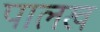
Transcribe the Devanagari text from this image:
पालख